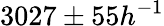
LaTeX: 3027\pm 55h^{-1}